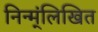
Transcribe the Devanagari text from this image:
निन्म्ंलिखित